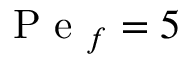
\mathrm { ~ P ~ e ~ } _ { f } = 5